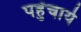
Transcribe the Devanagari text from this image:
पहुँचाये